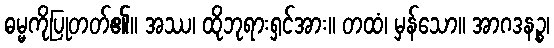
ဓမ္မကိုပြုတတ်၏။ အဿ၊ ထိုဘုရားရှင်အား။ တထံ၊ မှန်သော။ အာဂဒနဉ္စ၊